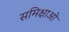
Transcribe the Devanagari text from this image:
समिक्षाओ